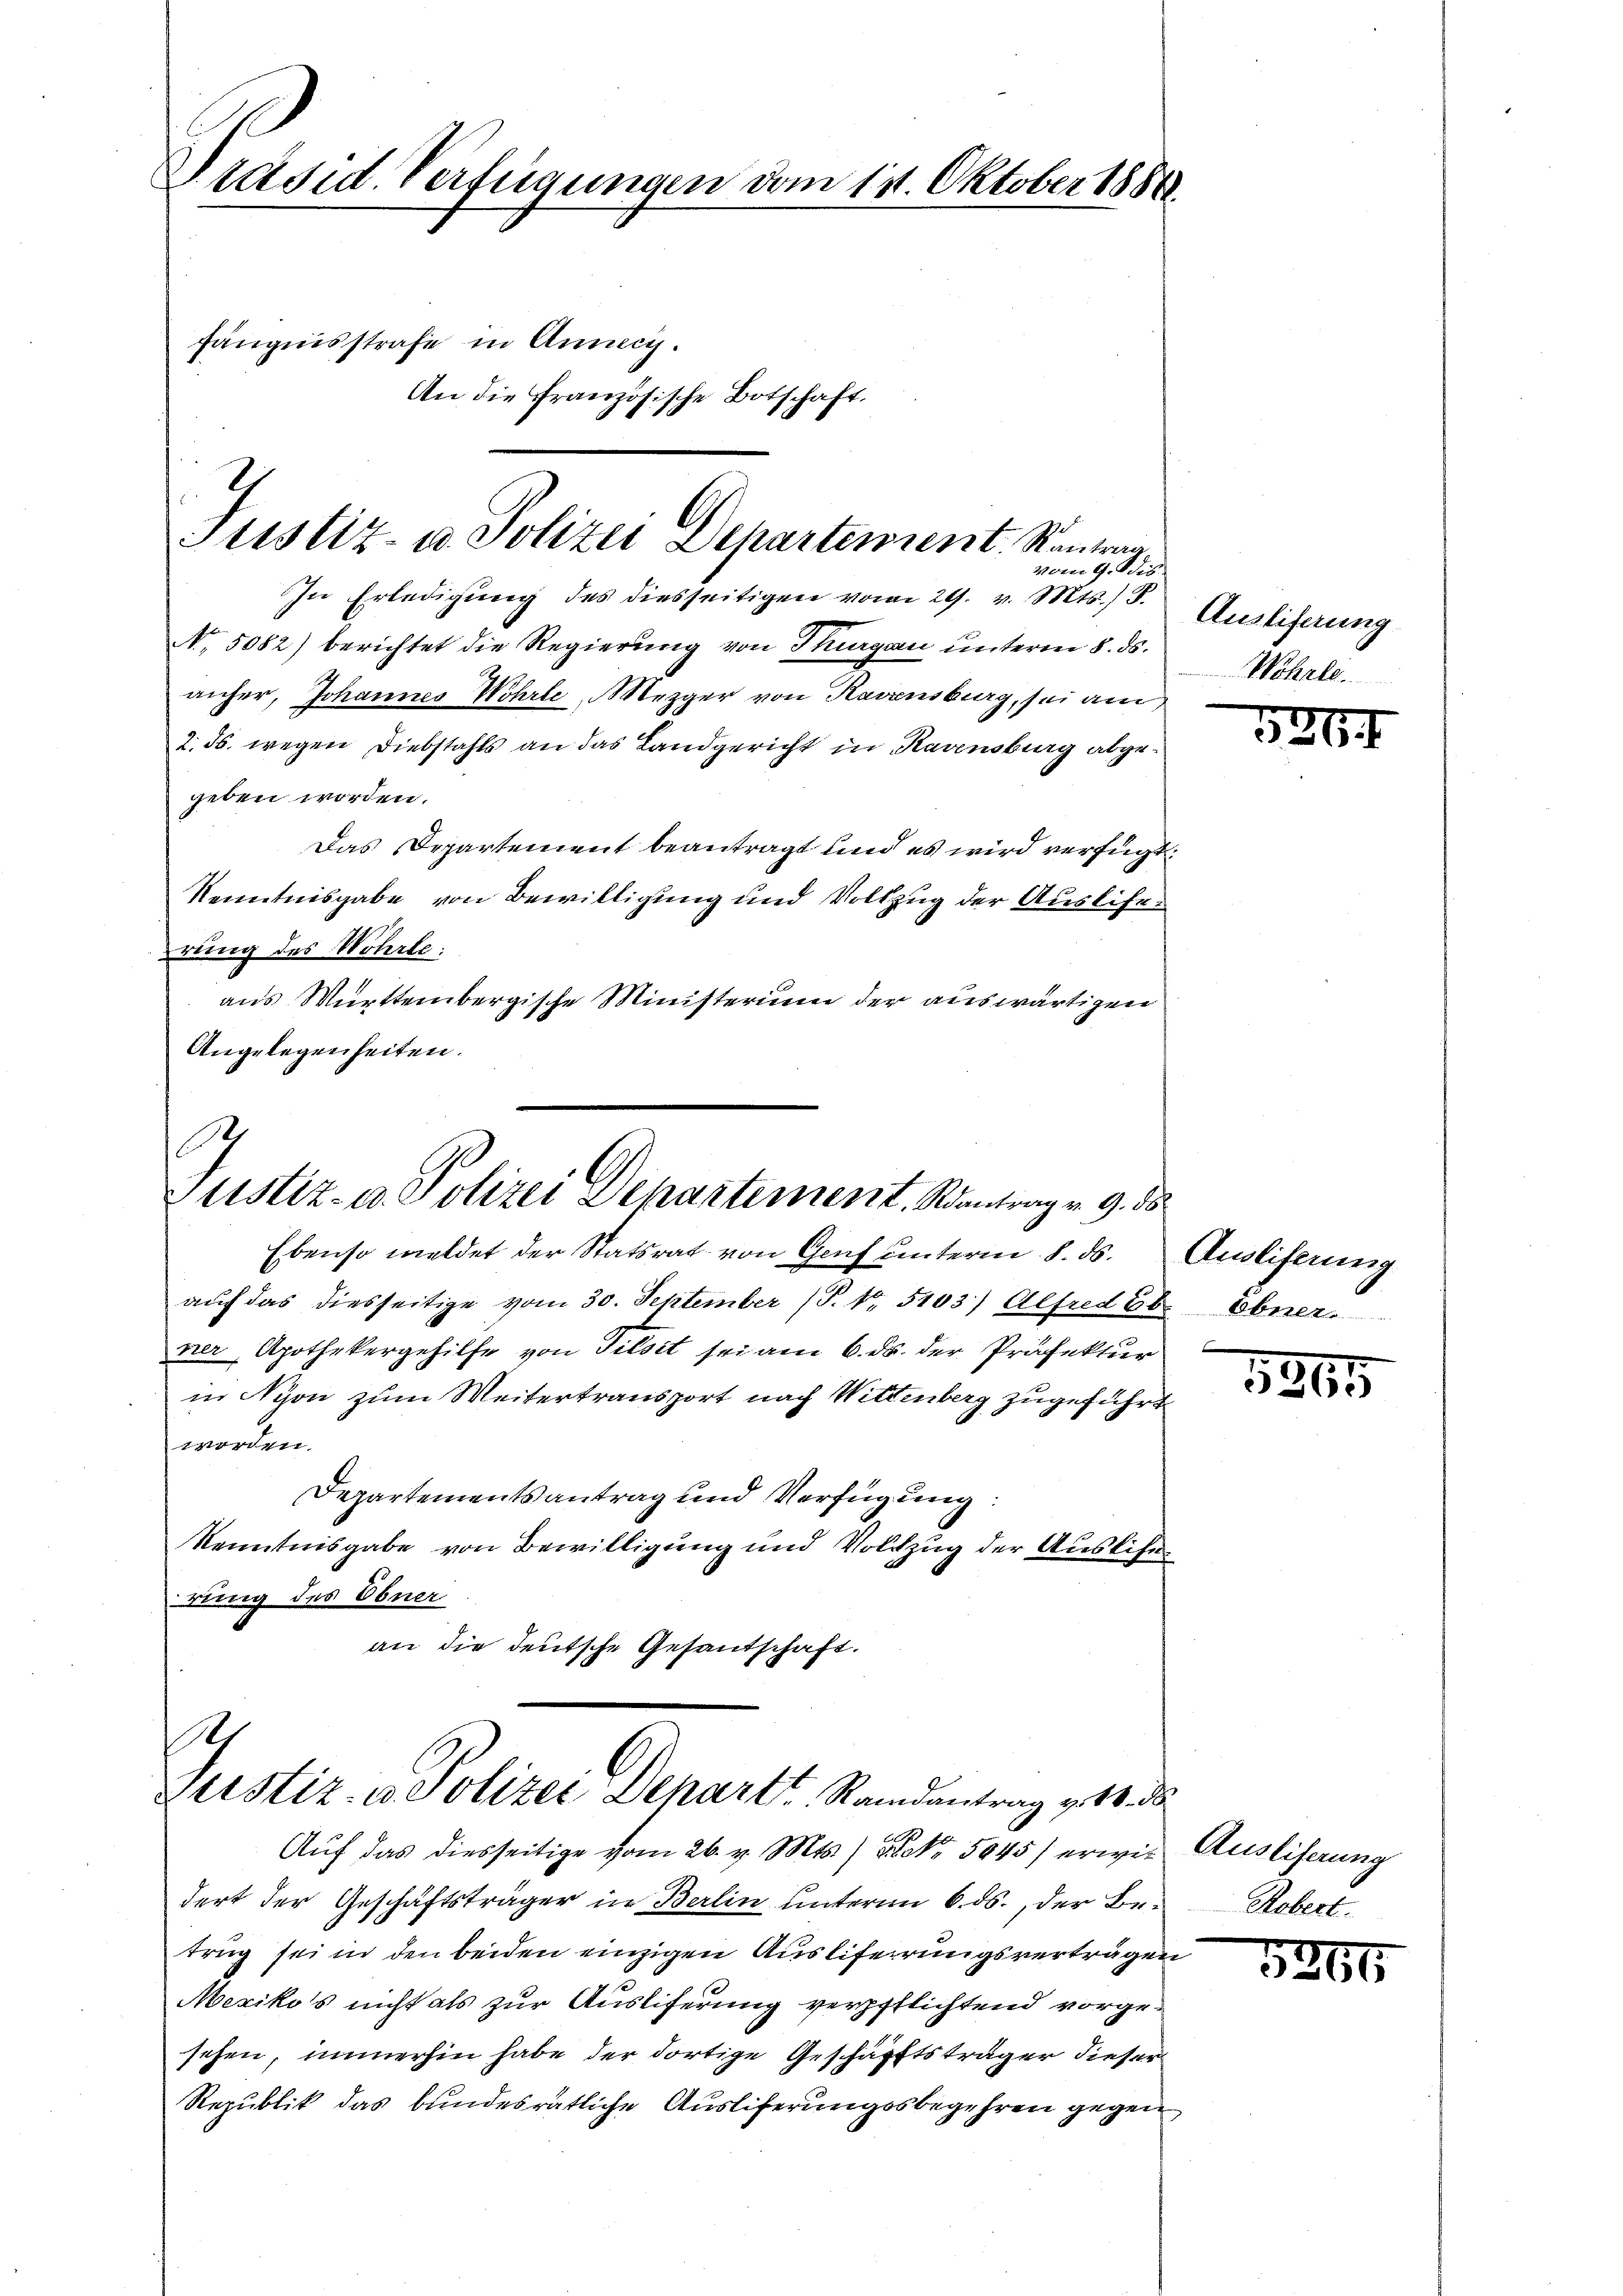
Präsid. Verfügungen vom 111. Oktober 1888.
fängnisstrafe in Anneci.
An die Französische Botschaft.

Justiz- u. Polizei Departement. Kantrag
vom 9. Dis

E
Justiz- u. Polizei Departement. Santrag v. 9. ds.

In Erledigung des diesseitigen vom 29. v. Mts.) S.
No. 5082) berichtet die Regierung von Thurgau unterm 8. ds.
anher, Johannes Wohrte, Mezger von Ravensburg, sei am
2. ds. wegen Diebstahls an das Landgericht in Kavensburg abgegeben worden.
Das Departement beantragt und es wird verfügt:
Kenntnisgabe von Bewilligung und Vollzug der Auslierung des Wöhrte.
aus Württembergische Ministerium der auswärtigen
Angelegenheiten.

Ebenso meldet der Statsrat von Genf unterm 8. ds. Ausliferung
auf das diesseitige vom 30. September (T. 1. 5103) Alfred Eb Ebner
ner Apothekergehilfe von Pilsit sei am 6. ds. der Präfektur
in Nyon zum Weitertransport nach Wittenberg zugeführt
worden.
Departementsantrag und Verfügung:
Kenntnisgabe von Bewilligung und Vollzug der Auslierung des Ebner
an die deutsche Gesandschaft.

h
Zustiz- u. Polizei Depart Randantrag v. 18. ds

Ausliferung
Wohrle.

Auf das diesseitige vom 26. v. Mts.) Frk. 5045) erwie Ausliferung
dert der Geschäftsträger in Berlin unterm 6. ds., der Betrug sei in den beiden einzigen Ausliferrungsverträgen
x
Mexikos nicht als zur Ausliferung verpflichtend vorgesehen, immerhin habe der dortige Geschäftsträger dieser
Republik das bundesrätliche Ausliferungsbegehren gegen

5264

5365

Robert.

5266